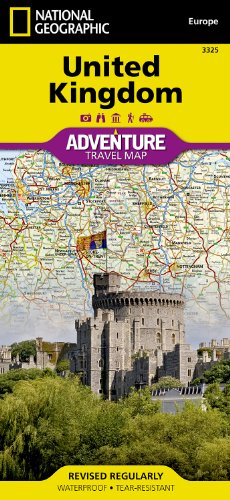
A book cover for United Kingdom (National Geographic Adventure Map); National Geographic Maps - Adventure; Reference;